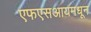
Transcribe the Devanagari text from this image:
एफएसआयमधून